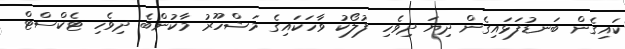
ކައިގެން ބަނޑުފަޅައިގެން ދިޔަ ދިވެހި ފުލޯކު ވާހަކައިގެ މަޝްހޫރު މާކުންބެ ދިވެހި ޓެކްސްޓް